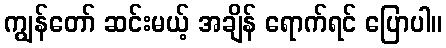
ကျွန်တော် ဆင်းမယ့် အချိန် ရောက်ရင် ပြောပါ။